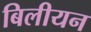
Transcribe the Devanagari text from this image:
बिलीयन